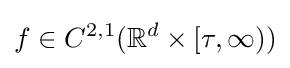
f\in C^{2,1}(\mathbb {R} ^{d}\times [\tau ,\infty ))